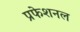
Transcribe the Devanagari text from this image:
प्रफेशनल